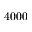
4 0 0 0